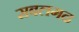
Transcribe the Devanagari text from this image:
सबलगढ